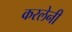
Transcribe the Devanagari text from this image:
करलेनी